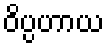
ဝိပ္ပဟာယ